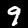
Digit: 9